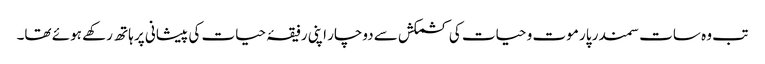
تب وہ سات سمندر پار موت و حیات کی کشمکش سے دوچار اپنی رفیقۂ حیات کی پیشانی پر ہاتھ رکھے ہوئے تھا۔